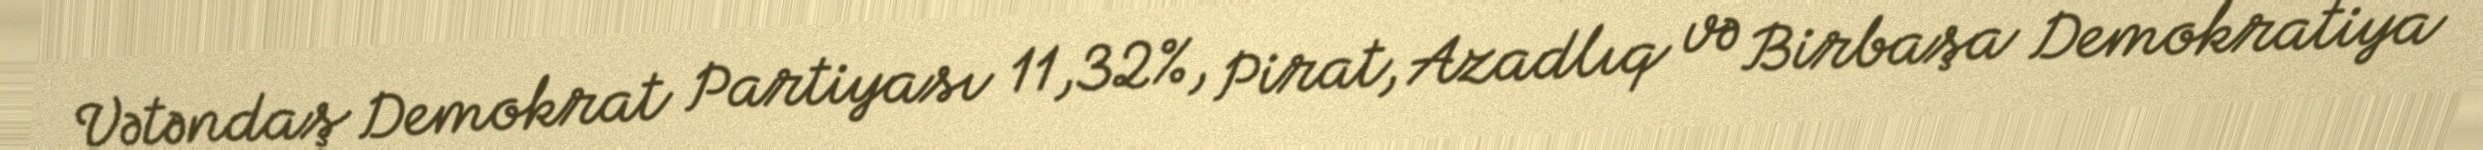
Vətəndaş Demokrat Partiyası 11,32%, Pirat, Azadlıq və Birbaşa Demokratiya